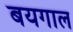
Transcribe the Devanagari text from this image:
बयगाल